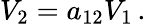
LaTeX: V_{2}=a_{12}V_{1}\, .